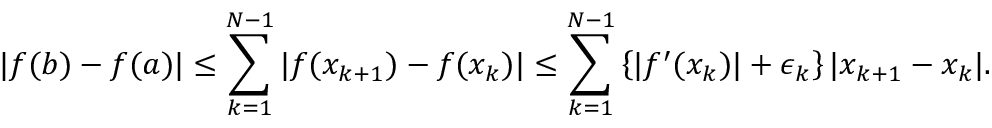
| f ( b ) - f ( a ) | \leq \sum _ { k = 1 } ^ { N - 1 } | f ( x _ { k + 1 } ) - f ( x _ { k } ) | \leq \sum _ { k = 1 } ^ { N - 1 } \left\{ | f ^ { \prime } ( x _ { k } ) | + \epsilon _ { k } \right\} | x _ { k + 1 } - x _ { k } | .